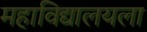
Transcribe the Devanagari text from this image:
महाविद्यालयला